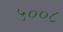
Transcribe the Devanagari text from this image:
५००८